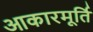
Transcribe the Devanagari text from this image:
आकारमूर्ति